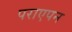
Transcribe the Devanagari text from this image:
पराएपन